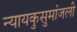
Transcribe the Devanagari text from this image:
न्यायकुसुमांजली